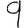
Digit: 9